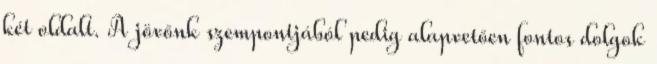
két oldalt. A jövőnk szempontjából pedig alapvetően fontos dolgok